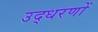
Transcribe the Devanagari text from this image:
उद्‍धरणों